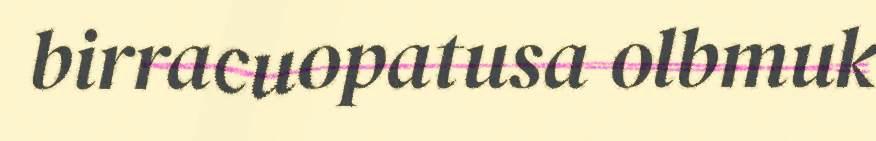
birracuopatusa olbmuk